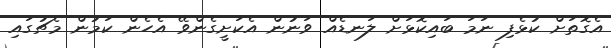
އެގޮތަށް ކުޅެފި ނަމަ ބައިކޮޅަށް ލަނޑެއް ވަނުން އެކަށީގެންވޭ އެހެން ކަމުން މެޗުގައި